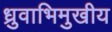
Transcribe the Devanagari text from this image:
ध्रुवाभिमुखीय